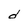
Character: d